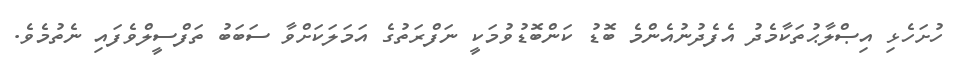
ހުށަހެޅި އިޞްލާޙުތަކާމެދު އެފެދުނުއެންމެ ބޮޑު ކަންބޮޑުވުމަކީ ނަފްރަތުގެ އަމަލަކަށްވާ ސަބަބު ތަފްސީލްވެފައި ނެތުމެވެ.